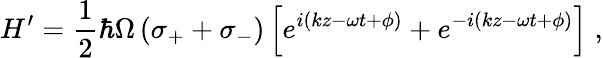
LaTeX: H^{\prime}=\frac{1}{2}\hbar\Omega\left(\sigma_{+}+\sigma_{-}\right)\left[e^{i(kz-\omega t+\phi)}+e^{-i(kz-\omega t+\phi)}\right]\; ,